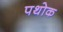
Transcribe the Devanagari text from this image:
पथोक